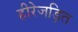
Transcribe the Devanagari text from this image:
हीरेजड़ित